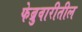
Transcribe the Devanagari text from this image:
फेब्रुवारीतील